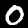
Label: 0